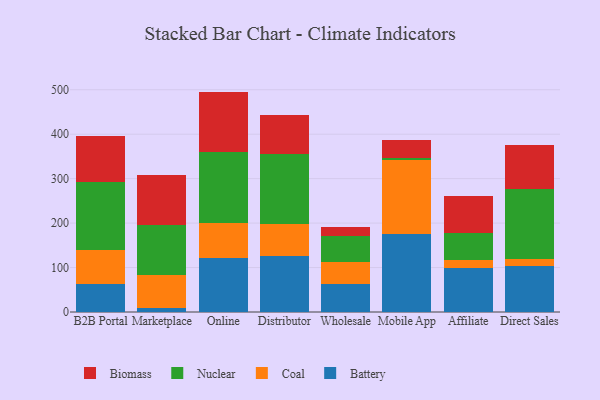
{"axis": {"x": "Channel", "y": "Operating Costs (USD K)"}, "legend": ["Battery", "Biomass", "Coal", "Nuclear"], "data": [{"x": "B2B Portal", "y": 62.2, "type": "Battery"}, {"x": "B2B Portal", "y": 78.2, "type": "Coal"}, {"x": "B2B Portal", "y": 152.8, "type": "Nuclear"}, {"x": "B2B Portal", "y": 103.4, "type": "Biomass"}, {"x": "Marketplace", "y": 8.6, "type": "Battery"}, {"x": "Marketplace", "y": 74.8, "type": "Coal"}, {"x": "Marketplace", "y": 111.3, "type": "Nuclear"}, {"x": "Marketplace", "y": 113.3, "type": "Biomass"}, {"x": "Online", "y": 122.0, "type": "Battery"}, {"x": "Online", "y": 77.1, "type": "Coal"}, {"x": "Online", "y": 160.8, "type": "Nuclear"}, {"x": "Online", "y": 135.9, "type": "Biomass"}, {"x": "Distributor", "y": 125.9, "type": "Battery"}, {"x": "Distributor", "y": 71.7, "type": "Coal"}, {"x": "Distributor", "y": 158.5, "type": "Nuclear"}, {"x": "Distributor", "y": 88.1, "type": "Biomass"}, {"x": "Wholesale", "y": 62.6, "type": "Battery"}, {"x": "Wholesale", "y": 50.3, "type": "Coal"}, {"x": "Wholesale", "y": 57.3, "type": "Nuclear"}, {"x": "Wholesale", "y": 21.0, "type": "Biomass"}, {"x": "Mobile App", "y": 176.1, "type": "Battery"}, {"x": "Mobile App", "y": 165.5, "type": "Coal"}, {"x": "Mobile App", "y": 5.7, "type": "Nuclear"}, {"x": "Mobile App", "y": 40.0, "type": "Biomass"}, {"x": "Affiliate", "y": 99.6, "type": "Battery"}, {"x": "Affiliate", "y": 17.5, "type": "Coal"}, {"x": "Affiliate", "y": 59.8, "type": "Nuclear"}, {"x": "Affiliate", "y": 85.0, "type": "Biomass"}, {"x": "Direct Sales", "y": 102.5, "type": "Battery"}, {"x": "Direct Sales", "y": 16.0, "type": "Coal"}, {"x": "Direct Sales", "y": 158.5, "type": "Nuclear"}, {"x": "Direct Sales", "y": 98.3, "type": "Biomass"}]}